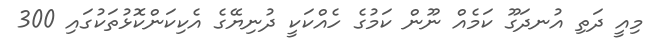
މިއީ ދަތި އުނދަގޫ ކަމެއް ނޫން ކަމުގެ ހެއްކަކީ ދުނިޔޭގެ އެކިކަންކޮޅުތަކުގައި 300